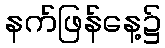
နက်ဖြန်နေ့၌